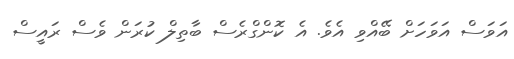
އަވަސް އަވަހަށް ބޭއްވި އެވެ. އެ ކޮންގްރެސް ބާތިލް ކުރަން ވެސް ރައީސް